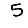
Digit: 5